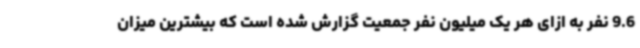
9.6 نفر به ازای هر یک میلیون نفر جمعیت گزارش شده است که بیشترین میزان